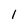
Character: 1